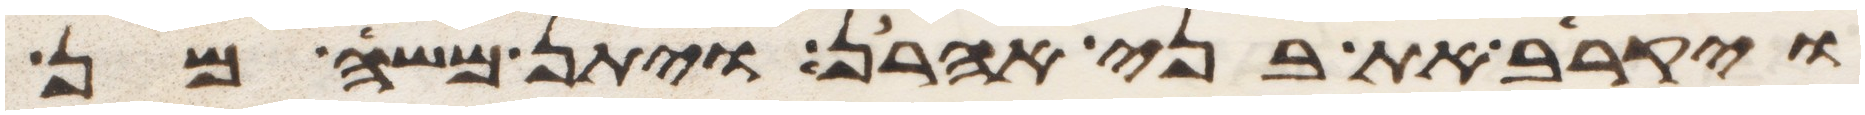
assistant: ויקריב את בני אהרן ויתן משה מן